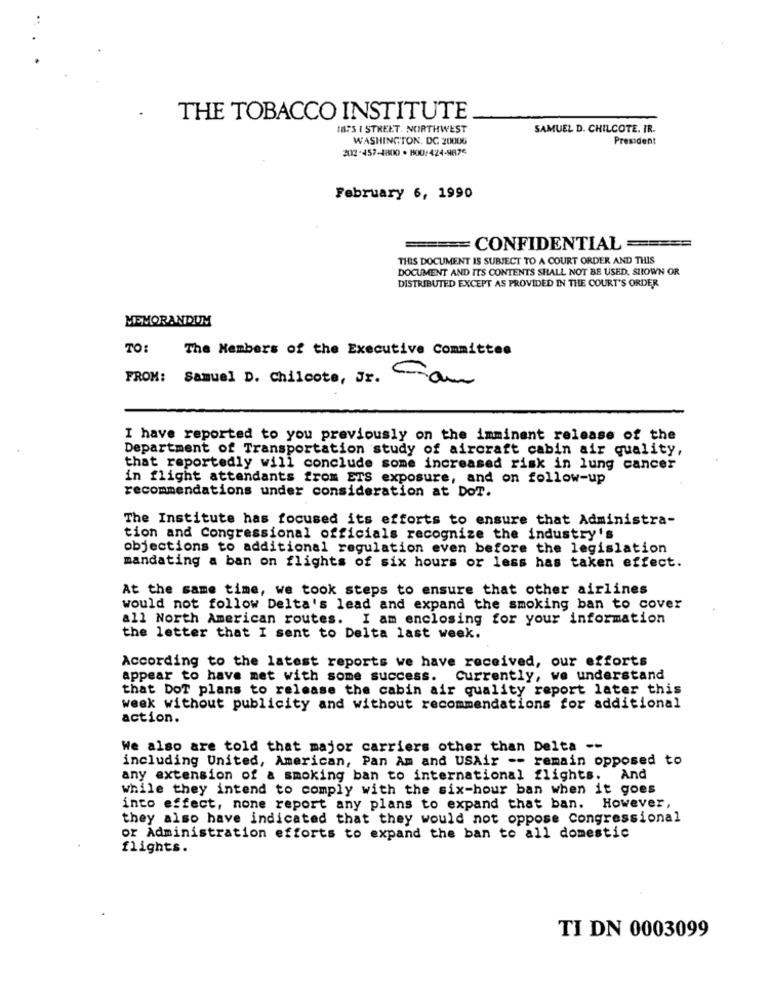
..
THE TOBACCO INSTITUTE
I87S I STREET. NORTHWEST
SAMUEL D. CHILCOTE. IR.
WASHINGTON, DC 20006
President
202-457-4800 . 800:424-9875
February 6, 1990
===== CONFIDENTIAL =====
THIS DOCUMENT IS SUBJECT TO A COURT ORDER AND THIS
DOCUMENT AND ITS CONTENTS SHALL NOT BE USED, SHOWN OR
DISTRIBUTED EXCEPT AS PROVIDED IN THE COURT'S ORDER
MEMORANDUM
TO:
The Members of the Executive Committee
FROM: Samuel D. Chilcote, Jr. am
I have reported to you previously on the imminent release of the
Department of Transportation study of aircraft cabin air quality,
that reportedly will conclude some increased risk in lung cancer
in flight attendants from ETS exposure, and on follow-up
recommendations under consideration at DoT.
The Institute has focused its efforts to ensure that Administra-
tion and Congressional officials recognize the industry's
objections to additional regulation even before the legislation
mandating a ban on flights of six hours or less has taken effect.
At the same time, we took steps to ensure that other airlines
would not follow Delta's lead and expand the smoking ban to cover
all North American routes. I am enclosing for your information
the letter that I sent to Delta last week.
According to the latest reports we have received, our efforts
appear to have met with some success. Currently, we understand
that DoT plans to release the cabin air quality report later this
week without publicity and without recommendations for additional
action.
We also are told that major carriers other than Delta --
including United, American, Pan Am and USAir -- remain opposed to
any extension of a smoking ban to international flights. And
while they intend to comply with the six-hour ban when it goes
into effect, none report any plans to expand that ban.
However,
they also have indicated that they would not oppose Congressional
or Administration efforts to expand the ban to all domestic
flights.
TI DN 0003099